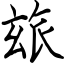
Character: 玈